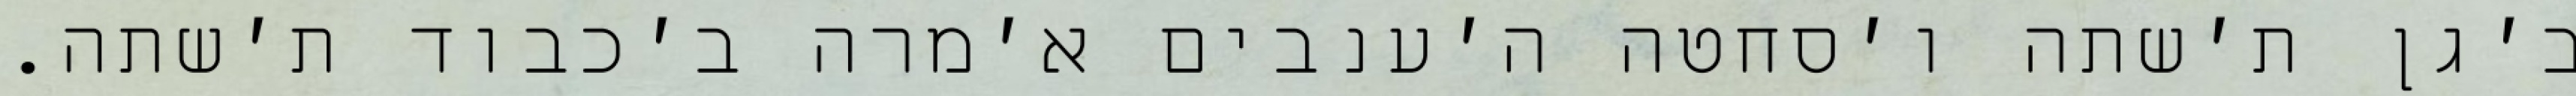
ב׳גן ת׳שתה ו׳סחטה ה׳ענבים א׳מרה ב׳כבוד ת׳שתה.